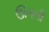
ઊગતી